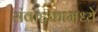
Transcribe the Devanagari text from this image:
संवाहकामध्ये